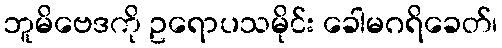
ဘူမိဗေဒကို ဥရောပသမိုင်း ခေါမဂရိခေတ်၊